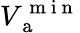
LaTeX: V_{\mathrm{~a~}}^{\mathrm{~m~i~n~}}